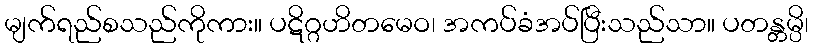
မျက်ရည်စသည်ကိုကား။ ပဋိဂ္ဂဟိတမေဝ၊ အကပ်ခံအပ်ပြီးသည်သာ။ ပတန္တမ္ပိ၊